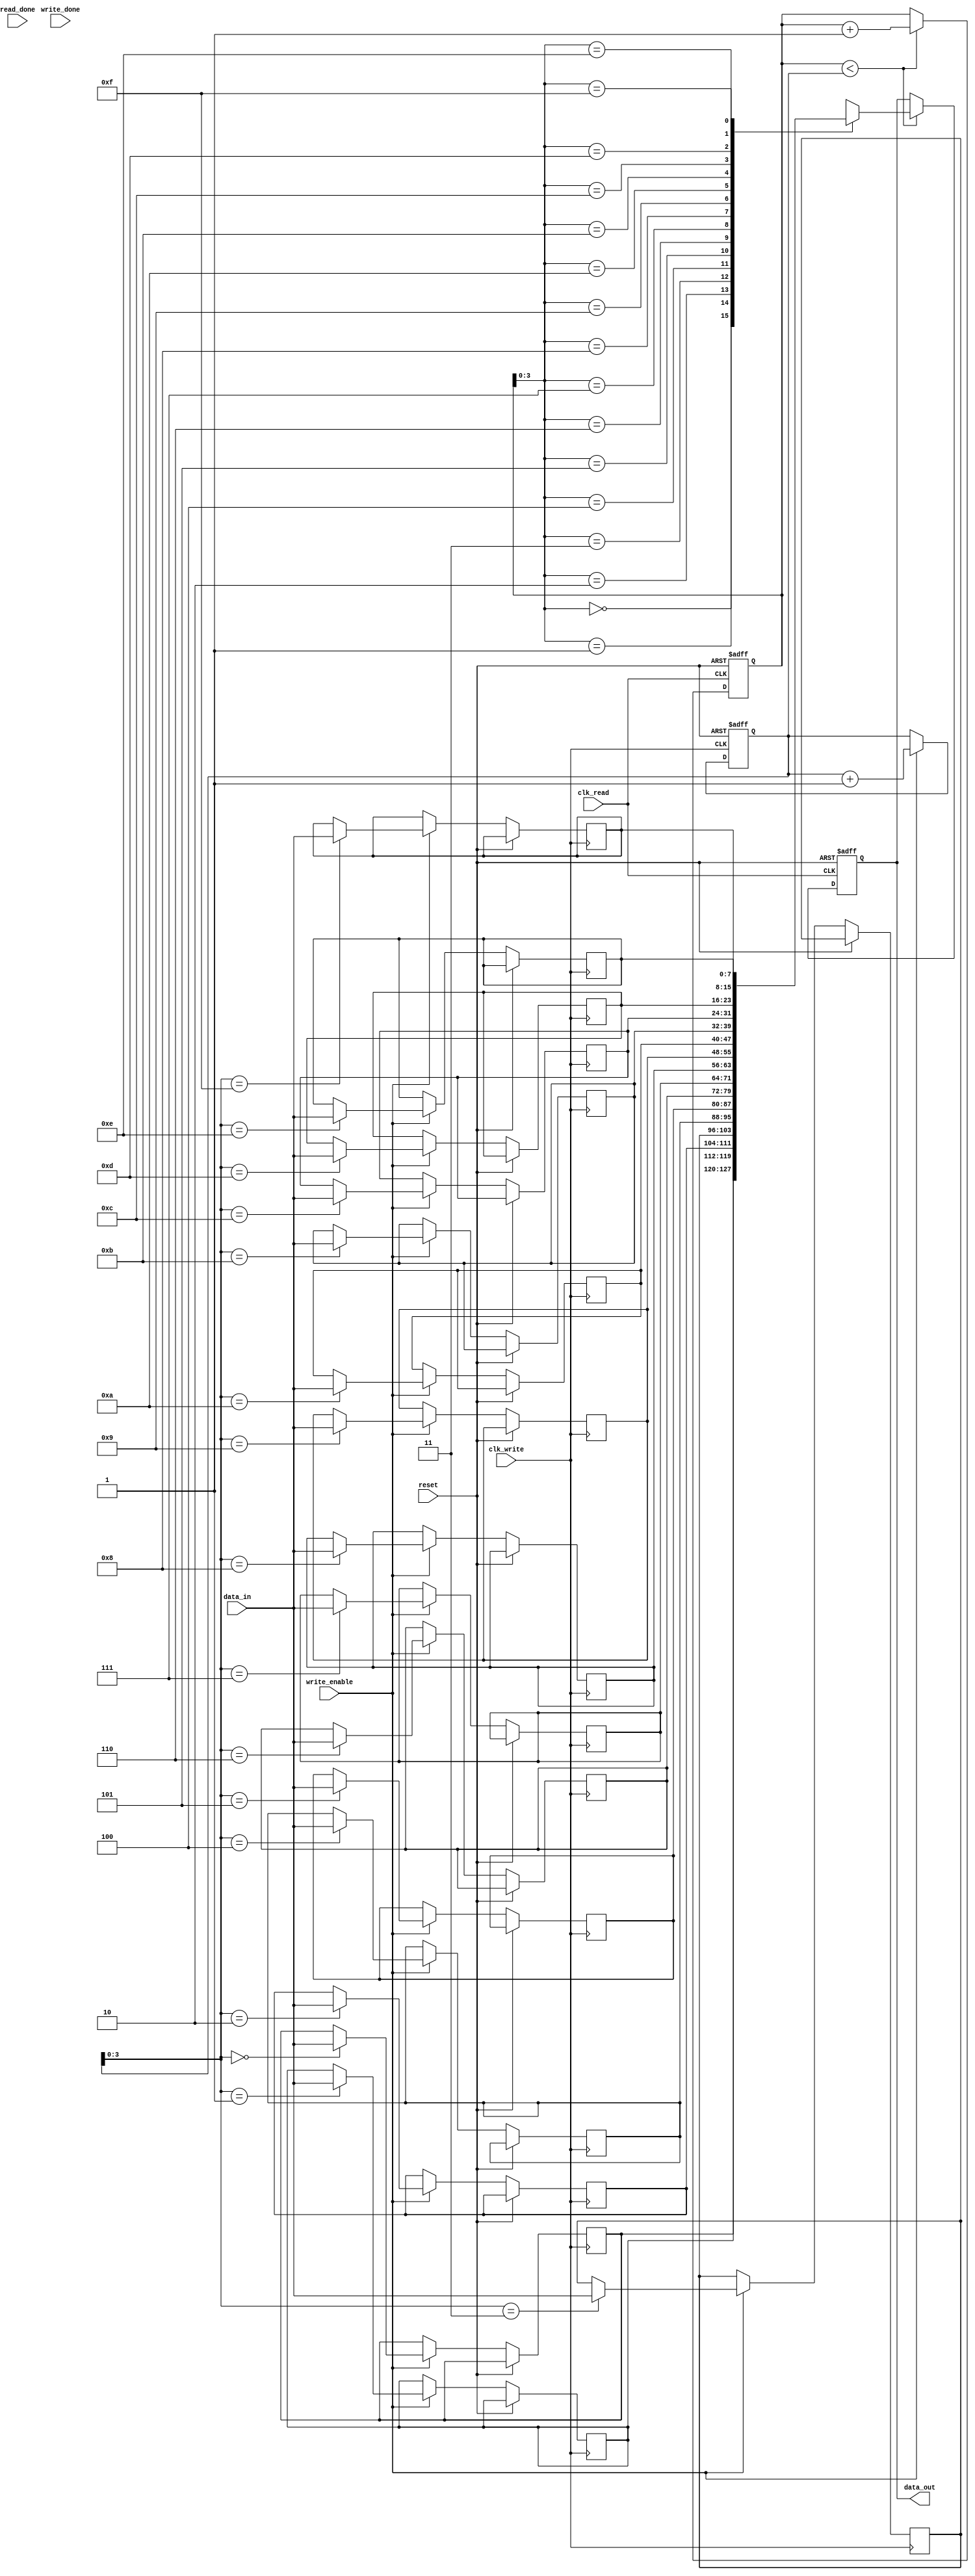
module synchronous_fifo_buffer (
  input wire clk_write, // Write clock signal
  input wire clk_read, // Read clock signal
  input wire reset, // Asynchronous reset signal
  input wire write_enable, // Write enable signal
  input wire [DATA_WIDTH-1:0] data_in, // Input data
  output wire [DATA_WIDTH-1:0] data_out, // Output data
  input wire write_done, // Write operation complete signal
  input wire read_done // Read operation complete signal
);

parameter FIFO_DEPTH = 16; // Depth of FIFO buffer
parameter DATA_WIDTH = 8; // Data width of FIFO buffer

reg [DATA_WIDTH-1:0] fifo_buffer [0:FIFO_DEPTH-1];
reg [DATA_WIDTH-1:0] data_out_reg;
reg [DATA_WIDTH-1:0] write_pointer;
reg [DATA_WIDTH-1:0] read_pointer;

always @(posedge clk_write or posedge reset) begin
  if (reset) begin
    write_pointer <= 0;
  end else if (write_enable) begin
    fifo_buffer[write_pointer] <= data_in;
    write_pointer <= write_pointer + 1;
  end
end

always @(posedge clk_read or posedge reset) begin
  if (reset) begin
    read_pointer <= 0;
    data_out_reg <= 0;
  end else begin
    if (read_pointer < write_pointer) begin
      data_out_reg <= fifo_buffer[read_pointer];
      read_pointer <= read_pointer + 1;
    end
  end
end

assign data_out = data_out_reg;

endmodule